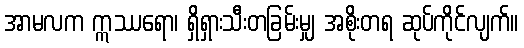
အာမလက ဣဿရော၊ ရှိရှားသီးတခြမ်းမျှ အစိုးတရ ဆုပ်ကိုင်လျက်။